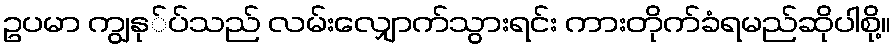
ဥပမာ ကျွနု်ပ်သည် လမ်းလျှောက်သွားရင်း ကားတိုက်ခံရမည်ဆိုပါစို့။